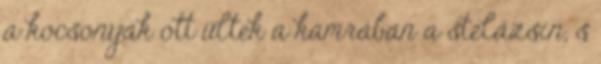
a kocsonyák ott ültek a kamrában a stelázsin, s